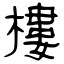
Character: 樓